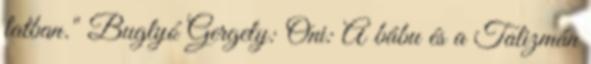
latban." Buglyó Gergely: Oni: A bábu és a Talizmán